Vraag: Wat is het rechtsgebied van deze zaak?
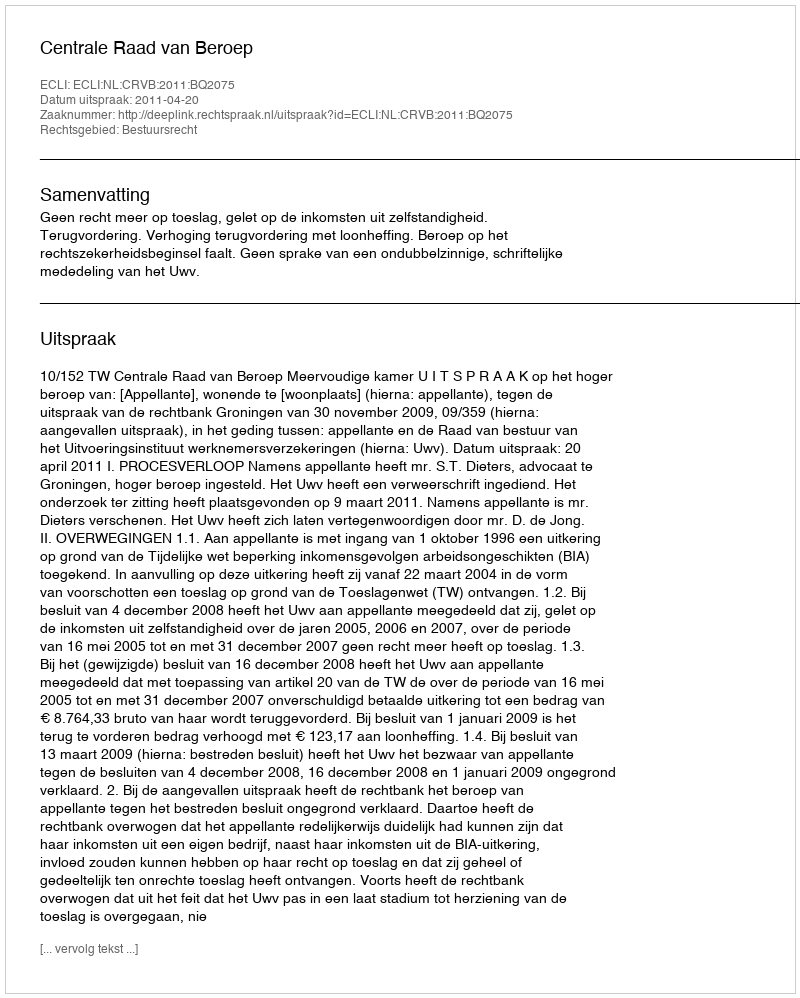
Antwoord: Bestuursrecht